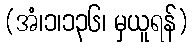
(အံ၊၁၊၁၃၆၊ မှယူရန်)